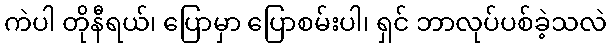
ကဲပါ တိုနီရယ်၊ ပြောမှာ ပြောစမ်းပါ၊ ရှင် ဘာလုပ်ပစ်ခဲ့သလဲ